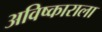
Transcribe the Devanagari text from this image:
अविष्काराला